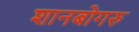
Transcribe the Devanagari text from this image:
शानबोगरु